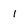
Character: 1